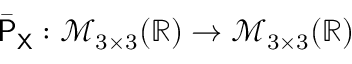
\bar { \mathsf { P } } _ { \mathsf { X } } : \mathcal { M } _ { 3 \times 3 } ( \mathbb { R } ) \to \mathcal { M } _ { 3 \times 3 } ( \mathbb { R } )